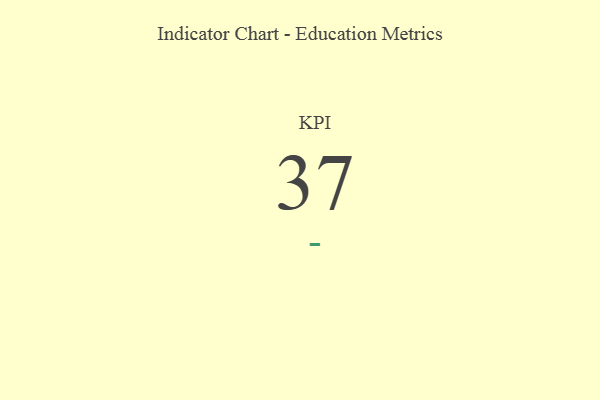
{"axis": {"x": "KPI", "y": "Value"}, "legend": [""], "data": [{"x": "KPI", "y": 37, "type": ""}]}